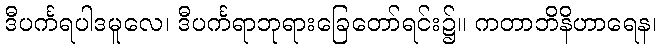
ဒီပင်္ကရပါဒမူလေ၊ ဒီပင်္ကရာဘုရားခြေတော်ရင်း၌။ ကတာဘိနိဟာရေန၊